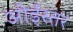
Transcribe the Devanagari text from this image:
ओईस्तर